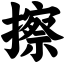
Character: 擦